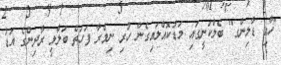
"ހާއި ޑާލިންގ" ބެލްކަނީގައި މަޑުކޮއްލައިގެން ހުރި ނިމްރާ ފަހަތް ބަލާލީ ރާދިންގެ އަޑު